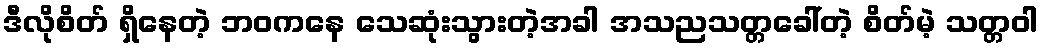
ဒီလိုစိတ် ရှိနေတဲ့ ဘဝကနေ သေဆုံးသွားတဲ့အခါ အသညသတ္တခေါ်တဲ့ စိတ်မဲ့ သတ္တဝါ